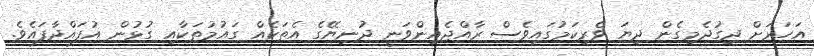
އަހަރަށް ދިގުދެމިގެން ދިޔަ ވެރިކަމުގައިވެސް ރާއްޖެއިންވަނީ ދުނިޔޭގެ އެތަކެއް ގައުމުތަކާއި ގުޅުން އުފައްދާފައެވެ.